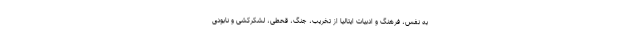
به نفس، فرهنگ و ادبیات ایتالیا از تخریب، جنگ، قحطی، لشکرکشی و نابودی